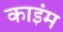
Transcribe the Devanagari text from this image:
काइंम